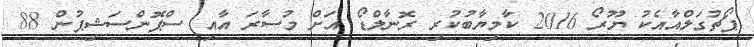
ޕޯޗުގަލްއާއެކު ޔޫރޯ 2016 ކާމިޔާބުކުރި ރޮނާލްޑޯ އަށް މުސާރަ އާއި ސްޕޮންސަޝިޕުން 88